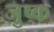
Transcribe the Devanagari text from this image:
जुष्क